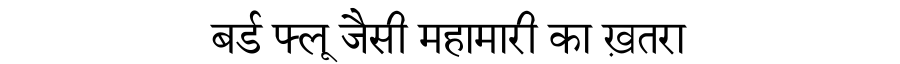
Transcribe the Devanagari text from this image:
बर्ड फ्लू जैसी महामारी का ख़तरा